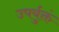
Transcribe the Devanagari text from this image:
उपर्युक्तं